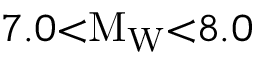
7 . 0 { < } \mathrm { M } _ { \mathrm { W } } { < } 8 . 0